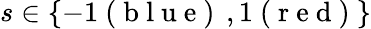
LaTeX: s\in\{ -1\mathrm{~(~b~l~u~e~)~}\, ,1\mathrm{~(~r~e~d~)~}\}